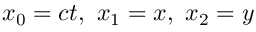
x _ { 0 } = c t , \ x _ { 1 } = x , \ x _ { 2 } = y